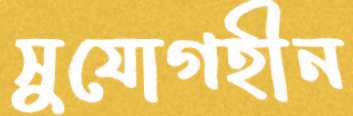
সুযোগহীন